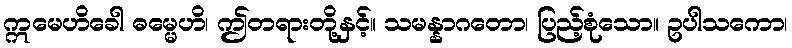
ဣမေဟိခေါ ဓမ္မေဟိ၊ ဤတရားတို့နှင့်။ သမန္နာဂတော၊ ပြည့်စုံသော။ ဥပါသကော၊